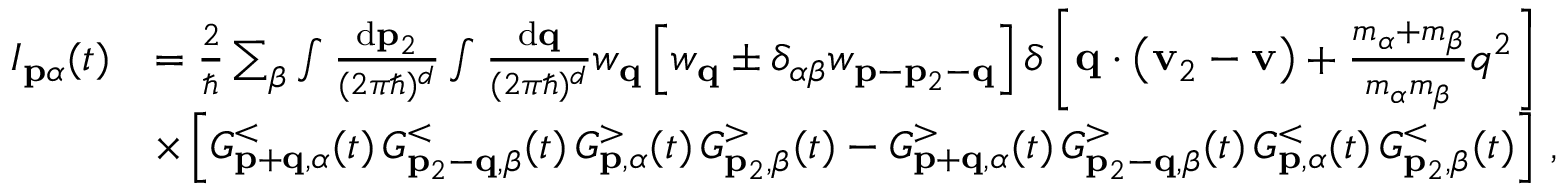
\begin{array} { r l } { I _ { \mathbf { p } \alpha } ( t ) } & { = \frac { 2 } { \hbar } \sum _ { \beta } \int \frac { \mathrm { d } \mathbf { p } _ { 2 } } { ( 2 \pi \hbar ) ^ { d } } \int \frac { \mathrm { d } \mathbf { q } } { ( 2 \pi \hbar ) ^ { d } } w _ { \mathbf { q } } \left[ w _ { \mathbf { q } } \pm \delta _ { \alpha \beta } w _ { \mathbf { p } - \mathbf { p } _ { 2 } - \mathbf { q } } \right] \delta \left[ \mathbf { q } \cdot \left( \mathbf { v } _ { 2 } - \mathbf { v } \right) + \frac { m _ { \alpha } + m _ { \beta } } { m _ { \alpha } m _ { \beta } } q ^ { 2 } \right] } \\ & { \times \left[ G _ { \mathbf { p } + \mathbf { q } , \alpha } ^ { < } ( t ) \, G _ { \mathbf { p } _ { 2 } - \mathbf { q } , \beta } ^ { < } ( t ) \, G _ { \mathbf { p } , \alpha } ^ { > } ( t ) \, G _ { \mathbf { p } _ { 2 } , \beta } ^ { > } ( t ) - G _ { \mathbf { p } + \mathbf { q } , \alpha } ^ { > } ( t ) \, G _ { \mathbf { p } _ { 2 } - \mathbf { q } , \beta } ^ { > } ( t ) \, G _ { \mathbf { p } , \alpha } ^ { < } ( t ) \, G _ { \mathbf { p } _ { 2 } , \beta } ^ { < } ( t ) \right] \, , } \end{array}